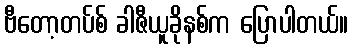
ဗီတော့တပ်စ် ခါဇီယူခိုနစ်က ပြောပါတယ်။